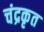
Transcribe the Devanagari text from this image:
चंद्रकृत